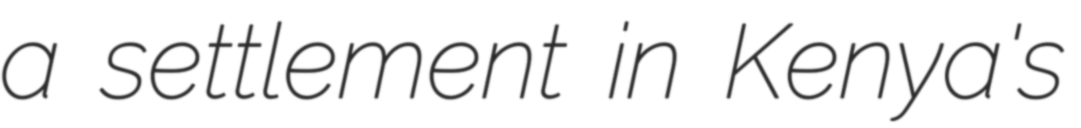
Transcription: a settlement in Kenya's